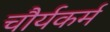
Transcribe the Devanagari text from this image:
चौर्यकर्म